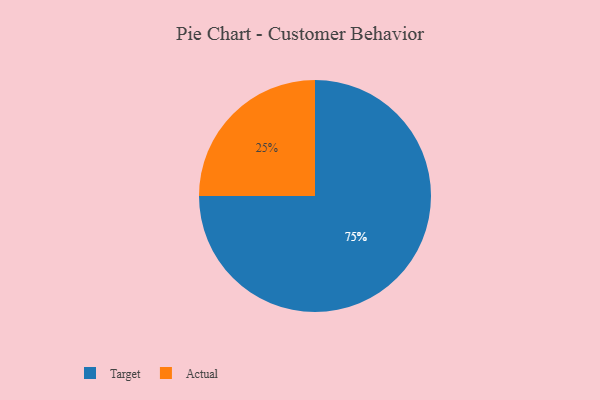
{"axis": {"x": "Category", "y": "Percentage"}, "legend": ["Actual", "Target"], "data": [{"x": "Target", "y": 75, "type": "Target"}, {"x": "Actual", "y": 25, "type": "Actual"}]}